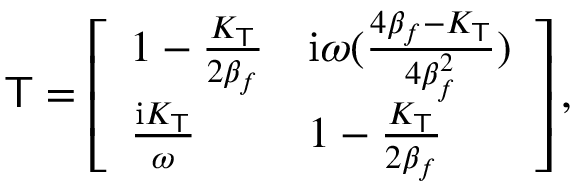
\mathsf { T } = \left[ \begin{array} { l l } { 1 - \frac { K _ { \mathsf { T } } } { 2 \beta _ { f } } } & { \mathrm { i } \omega ( \frac { 4 \beta _ { f } - K _ { \mathsf { T } } } { 4 \beta _ { f } ^ { 2 } } ) } \\ { \frac { \mathrm { i } K _ { \mathsf { T } } } { \omega } } & { 1 - \frac { K _ { \mathsf { T } } } { 2 \beta _ { f } } } \end{array} \right] ,